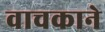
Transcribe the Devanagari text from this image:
वाचकाने